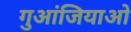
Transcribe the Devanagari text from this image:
गुआंजियाओ